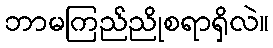
ဘာမကြည်ညိုစရာရှိလဲ။